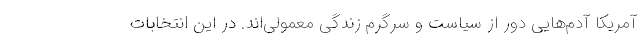
آمریکا آدم‌هایی دور از سیاست و سرگرم زندگی معمولی‌اند. در این انتخابات